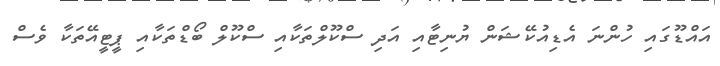
އައްޑޫގައި ހުންނަ އެޑިއުކޭޝަން ޔުނިޓާއި އަދި ސްކޫލްތަކާއި ސްކޫލް ބޯޑްތަކާއި ޕީޓީއޭތަކާ ވެސް